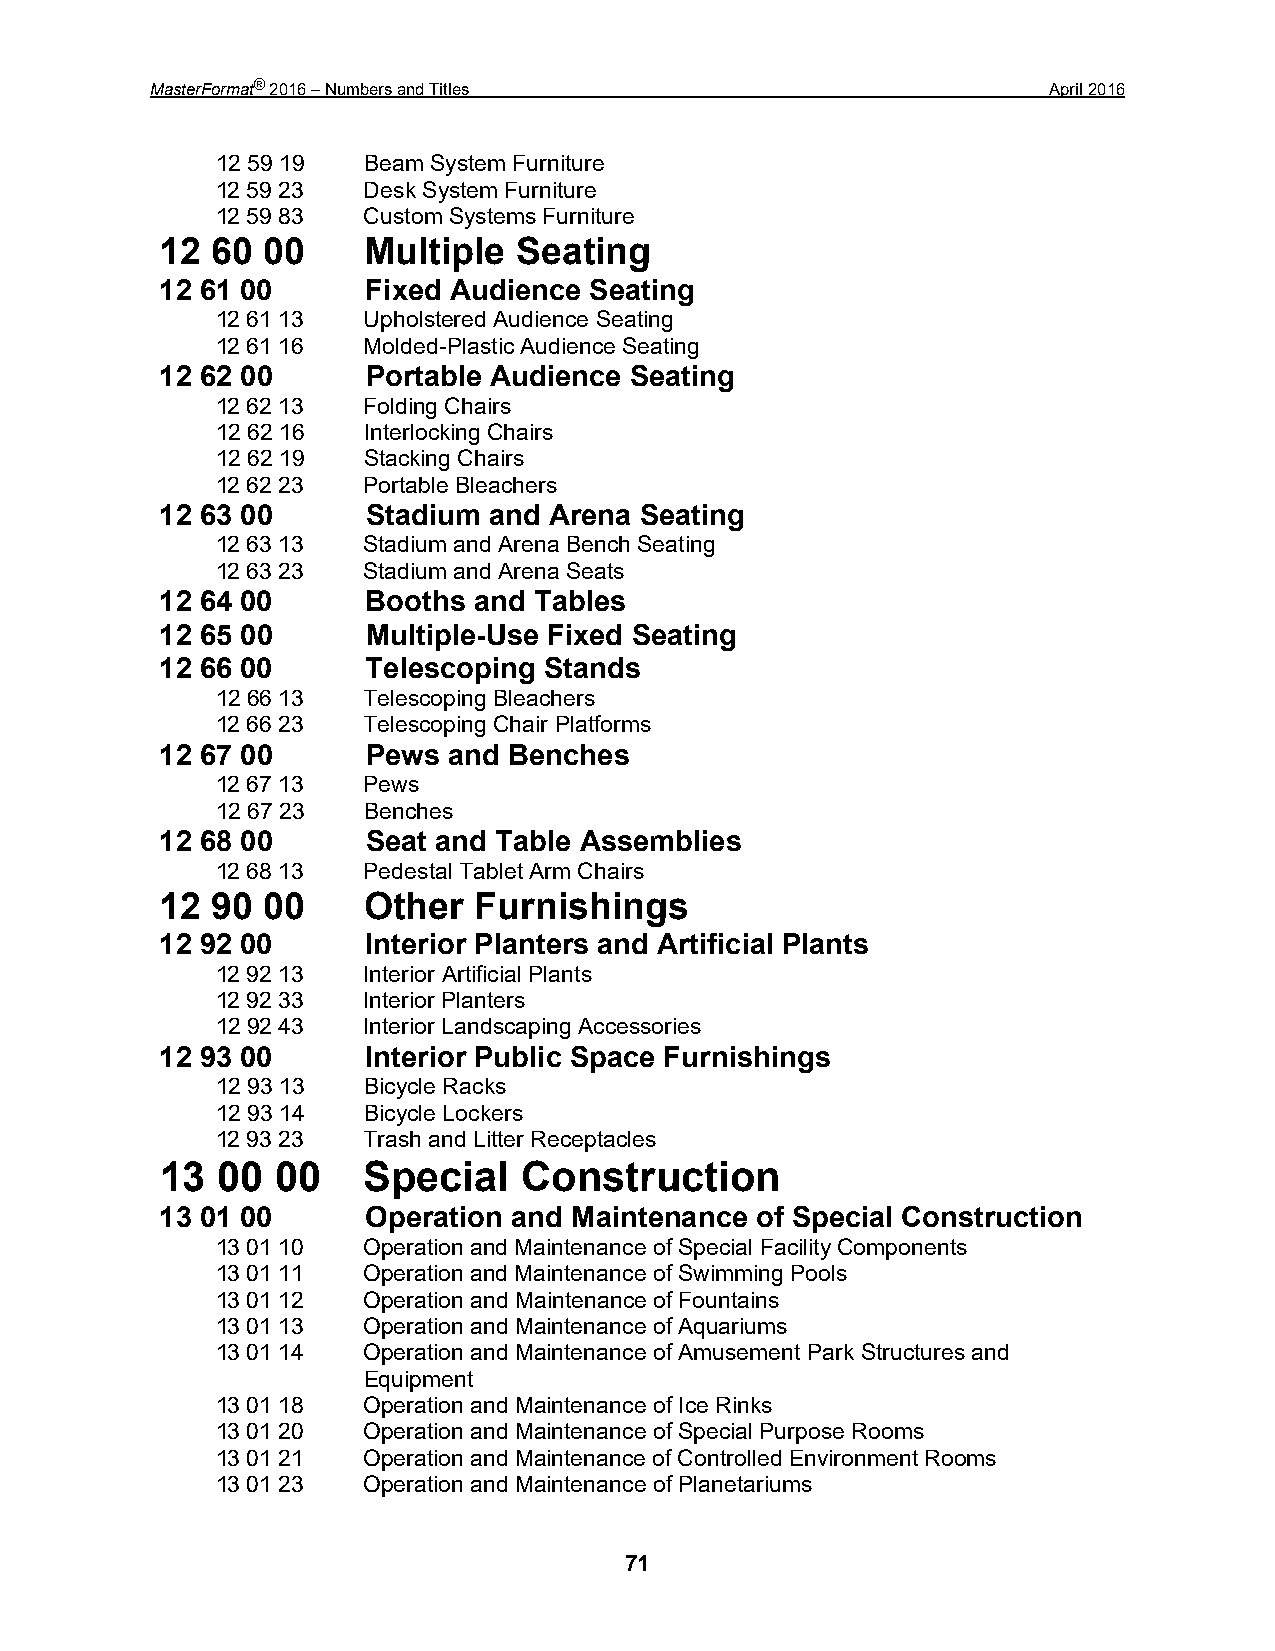
MasterFormat® 2016 – Numbers and Titles                     April 2016
 12 59 19  Beam System Furniture
 12 59 23  Desk System Furniture
 12 59 83  Custom Systems Furniture
 12 60 00     Multiple  Seating
 12 61 00     Fixed Audience Seating
 12 61 13  Upholstered Audience Seating
 12 61 16  Molded-Plastic Audience Seating
 12 62 00     Portable Audience Seating
 12 62 13  Folding Chairs
 12 62 16  Interlocking Chairs
 12 62 19  Stacking Chairs
 12 62 23  Portable Bleachers
 12 63 00     Stadium and Arena Seating
 12 63 13  Stadium and Arena Bench Seating
 12 63 23  Stadium and Arena Seats
 12 64 00     Booths and Tables
 12 65 00     Multiple-Use Fixed Seating
 12 66 00     Telescoping Stands
 12 66 13  Telescoping Bleachers
 12 66 23  Telescoping Chair Platforms
 12 67 00     Pews  and Benches
 12 67 13  Pews
 12 67 23  Benches
 12 68 00     Seat and Table Assemblies
 12 68 13  Pedestal Tablet Arm Chairs
 12 90 00     Other  Furnishings
 12 92 00     Interior Planters and Artificial Plants
 12 92 13  Interior Artificial Plants
 12 92 33  Interior Planters
 12 92 43  Interior Landscaping Accessories
 12 93 00     Interior Public Space Furnishings
 12 93 13  Bicycle Racks
 12 93 14  Bicycle Lockers
 12 93 23  Trash and Litter Receptacles
 13 00  00    Special    Construction
 13 01 00     Operation and Maintenance of Special Construction
 13 01 10  Operation and Maintenance of Special Facility Components
 13 01 11  Operation and Maintenance of Swimming Pools
 13 01 12  Operation and Maintenance of Fountains
 13 01 13  Operation and Maintenance of Aquariums
 13 01 14  Operation and Maintenance of Amusement Park Structures and
 Equipment
 13 01 18  Operation and Maintenance of Ice Rinks
 13 01 20  Operation and Maintenance of Special Purpose Rooms
 13 01 21  Operation and Maintenance of Controlled Environment Rooms
 13 01 23  Operation and Maintenance of Planetariums
 71